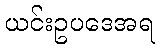
ယင်းဥပဒေအရ